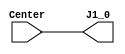
`timescale 1ns / 1ps

module switch_bounce(
    input wire Center,
    output wire J1_0
    );

    // Assign the output from FBGA board to an input Center wire
    assign J1_0 = Center;

endmodule